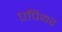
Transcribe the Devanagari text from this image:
एपियर